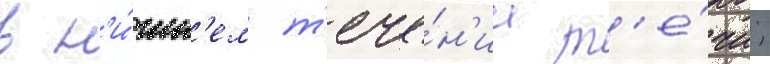
в н'и́жн'ем т'ече́н'ии т'е́чи;